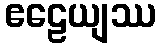
ဧဠေယျဿ